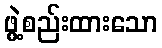
ဖွဲ့စည်းထားသော